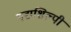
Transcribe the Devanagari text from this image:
गद्यशिल्पी